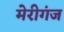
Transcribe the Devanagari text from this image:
मेरीगंज